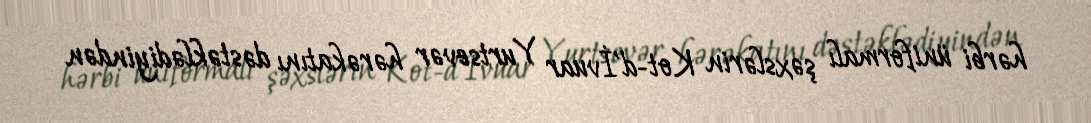
hərbi üniformalı şəxslərin Kot-d'İvuar Yurtsevər hərəkatını dəstəklədiyindən